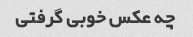
چه عکس خوبی گرفتی